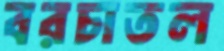
বরচাতল